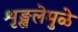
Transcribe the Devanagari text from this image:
शृङ्खलेमुळे